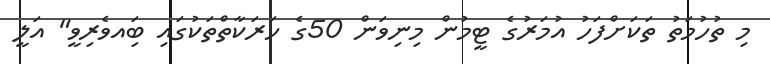
މި ތުހުމަތު ތަކަށްފަހު އުމަރުގެ ޓީމުން މިނިވަން 50ގެ ހަރަކާތްތަކުގައި ބަިއވެރިވީ" އަލީ